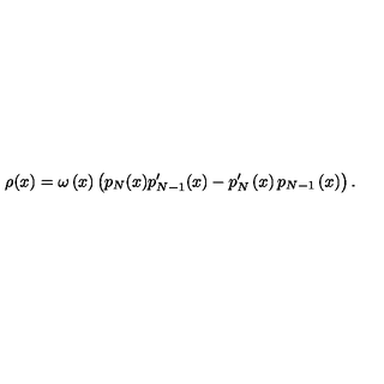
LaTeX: \rho ( x ) = \omega \left( x \right) \left( p _ { N } ( x ) p _ { N - 1 } ^ { \prime } ( x ) - p _ { N } ^ { \prime } \left( x \right) p _ { N - 1 } \left( x \right) \right) .